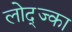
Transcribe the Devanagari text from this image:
लोद्ज्का